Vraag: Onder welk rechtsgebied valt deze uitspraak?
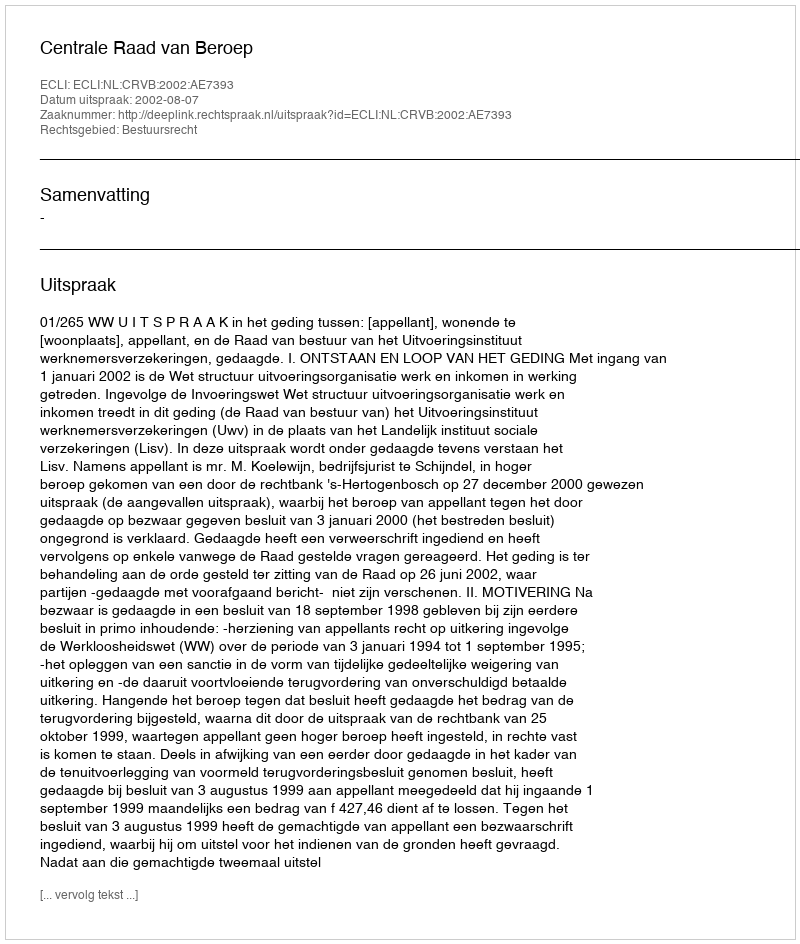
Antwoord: Bestuursrecht